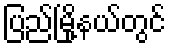
ပြည်မြို့နယ်တွင်